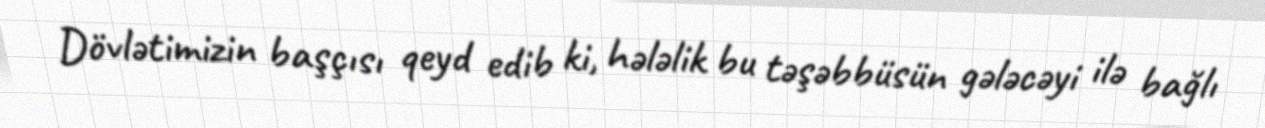
Dövlətimizin başçısı qeyd edib ki, hələlik bu təşəbbüsün gələcəyi ilə bağlı